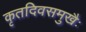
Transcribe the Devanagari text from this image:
कृतदिवसमुखैः